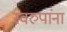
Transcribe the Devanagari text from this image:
स्वरुपांना